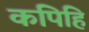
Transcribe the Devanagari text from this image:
कपिहि